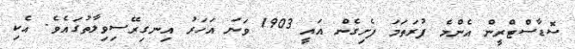
ސޮޑާސްޓްރީން އެންމެ ފުރަތަމަ ފެށިގެން އައީ 1903 ވަނަ އަހަރު އިނގިރޭސިވިލާތުގައެވެ. އެކި